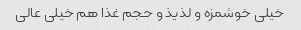
خیلی خوشمزه و لذیذ و حجم غذا هم خیلی عالی